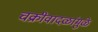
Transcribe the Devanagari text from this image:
चक्रीवादळांमुळे